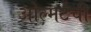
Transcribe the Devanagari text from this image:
ओल्मर्टची